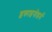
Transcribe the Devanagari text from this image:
इकाइनोडर्म